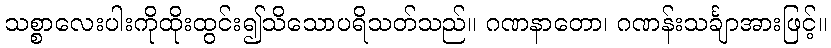
သစ္စာလေးပါးကိုထိုးထွင်း၍သိသောပရိသတ်သည်။ ဂဏနာတော၊ ဂဏန်းသင်္ချာအားဖြင့်။